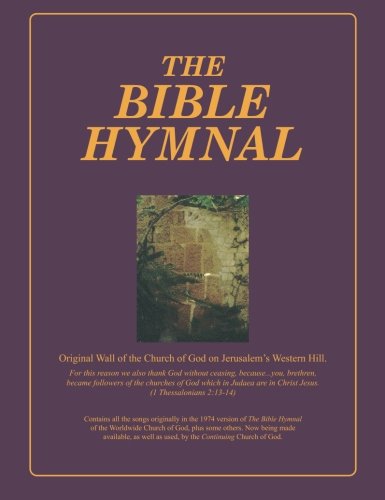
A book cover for The Bible Hymnal; Dwight Armstrong; Christian Books & Bibles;